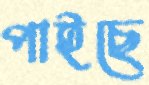
পাইছে